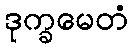
ဒုက္ခမေတံ